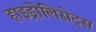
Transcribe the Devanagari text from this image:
हाइड्रोलिसेट्स